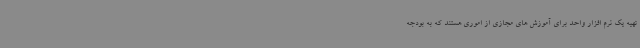
تهیه یک نرم افزار واحد برای آموزش های مجازی از اموری هستند که به بودجه